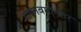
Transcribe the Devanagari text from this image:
रामनवमीनंतर